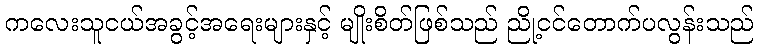
ကလေးသူငယ်အခွင့်အရေးများနှင့် မျိုးစိတ်ဖြစ်သည် ညို့ငင်တောက်ပလွန်းသည်